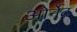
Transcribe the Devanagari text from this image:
ओर्नेट